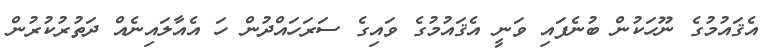
އެޤައުމުގެ ނޫހަކުން ބުނެފައި ވަނީ އެޤައުމުގެ ވައިގެ ސަރަހައްދުން ހަ އެއާލައިނެއް ދަތުރުކުރުން